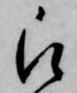
被